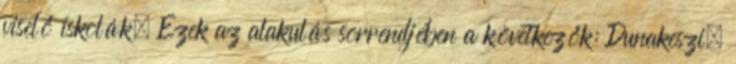
viselő iskolák. Ezek az alakulás sorrendjében a következők: Dunakeszi,